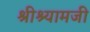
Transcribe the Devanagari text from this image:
श्रीश्यामजी